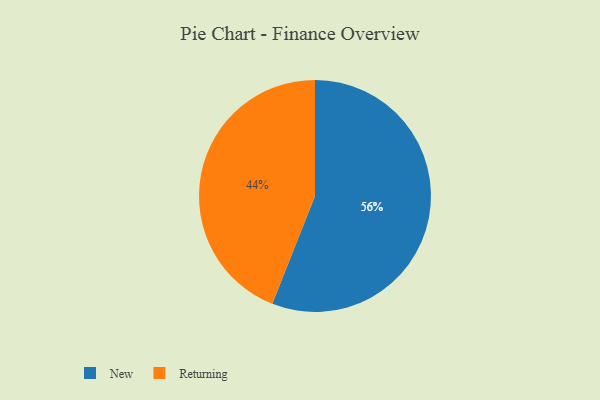
{"axis": {"x": "Category", "y": "Percentage"}, "legend": ["New", "Returning"], "data": [{"x": "Returning", "y": 44, "type": "Returning"}, {"x": "New", "y": 56, "type": "New"}]}